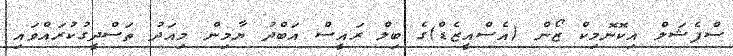
ސްޕެޝަލް އިކޮނޮމިކް ޒޯން (އެސްއީޒެޑް)ގެ ބިލް ރައީސް އަބްދު ޔާމިން މިއަދު ތަސްދީގުކުރައްވައި